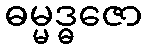
ဓမ္မဒ္ဓဇော